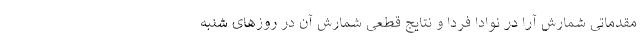
مقدماتی شمارش آرا در نوادا فردا و نتایج قطعی شمارش آن در روزهای شنبه